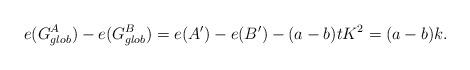
LaTeX: \begin{align*}e(G_{glob}^A) -e(G_{glob}^B) =e(A')-e(B') -(a-b)tK^2= (a-b)k.\end{align*}